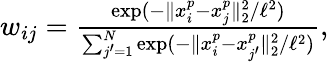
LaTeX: \begin{array}{r}{w_{ij}=\frac{\exp(-\| x_{i}^{p}-x_{j}^{p}\| _{2}^{2}/\ell^{2})}{\sum_{j^{\prime}=1}^{N}\exp(-\| x_{i}^{p}-x_{j^{\prime}}^{p}\| _{2}^{2}/\ell^{2})},}\end{array}